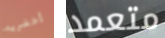
أحضريه متعمد